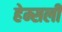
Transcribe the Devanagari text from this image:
हेम्सली